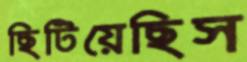
ছিটিয়েছিস